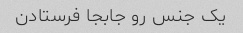
یک جنس رو جابجا فرستادن